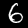
Label: 6